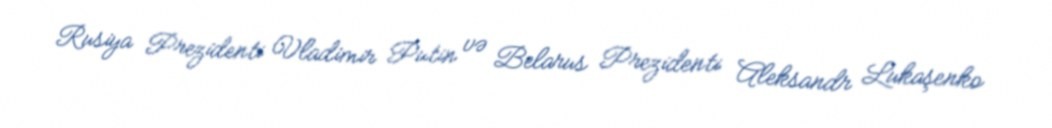
Rusiya Prezidenti Vladimir Putin və Belarus Prezidenti Aleksandr Lukaşenko